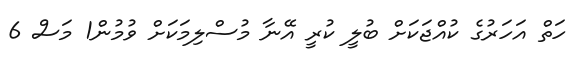
ހަތް އަހަރުގެ ކުއްޖަކަށް ބުލީ ކުރީ އޭނާ މުސްލިމަކަށް ވުމުން1 މަސް 6